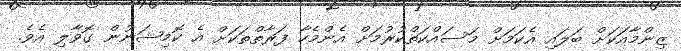
ޒިންމާއަކަށް ބަލައި އެކަމަށް މަސައްކަތްކުރުމަށް އެންމެހާ ފަރާތްތަކަށް އެ ކޮމިޝަނުން ގޮވާލި އެވެ.